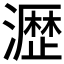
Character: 𤁋